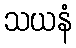
သယနံ